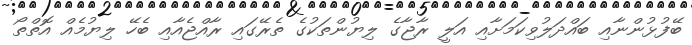
ބޭފުޅުންނާއި ބައްދަލުވިކަމަށާއި އަލީ ރާޖާގެ ލިޔުންތަކުގެ ތެރޭގައި ރާއްޖެއާއި ބެހޭ ލިޔުމެއް އޮތްތޯ